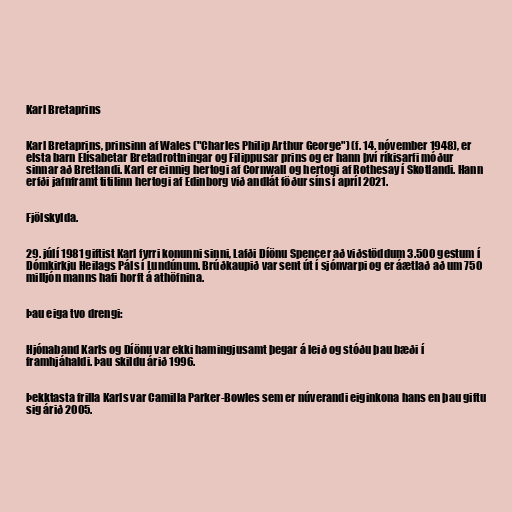
Karl Bretaprins

Karl Bretaprins, prinsinn af Wales ("Charles Philip Arthur George") (f. 14. nóvember 1948), er
elsta barn Elísabetar Bretadrottningar og Filippusar prins og er hann því ríkisarfi móður
sinnar að Bretlandi. Karl er einnig hertogi af Cornwall og hertogi af Rothesay í Skotlandi. Hann
erfði jafnframt titilinn hertogi af Edinborg við andlát föður síns í apríl 2021.

Fjölskylda.

29. júlí 1981 giftist Karl fyrri konunni sinni, Lafði Díönu Spencer að viðstöddum 3.500 gestum í
Dómkirkju Heilags Páls í Lundúnum. Brúðkaupið var sent út í sjónvarpi og er áætlað að um 750
milljón manns hafi horft á athöfnina.

Þau eiga tvo drengi:

Hjónaband Karls og Díönu var ekki hamingjusamt þegar á leið og stóðu þau bæði í
framhjáhaldi. Þau skildu árið 1996.

Þekktasta frilla Karls var Camilla Parker-Bowles sem er núverandi eiginkona hans en þau giftu
sig árið 2005.